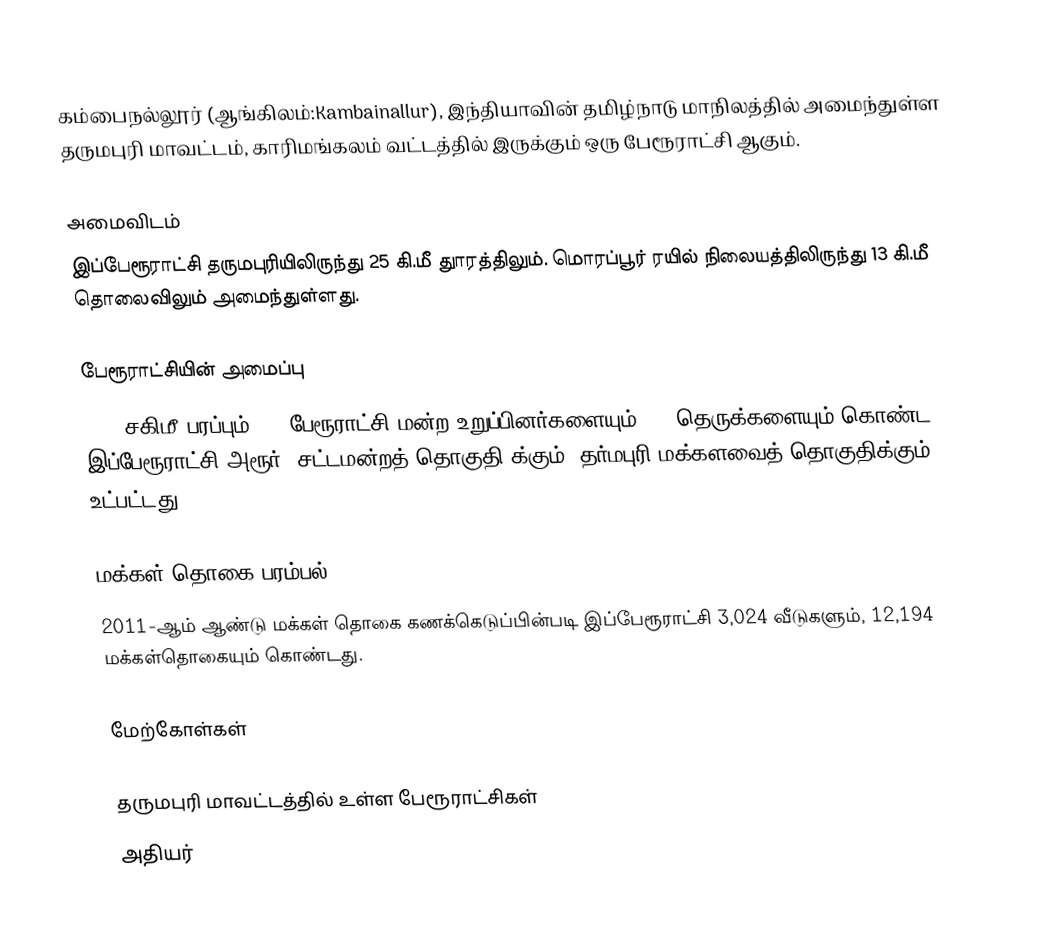
கம்பைநல்லூர் (ஆங்கிலம்:Kambainallur), இந்தியாவின் தமிழ்நாடு மாநிலத்தில் அமைந்துள்ள தருமபுரி மாவட்டம், காரிமங்கலம் வட்டத்தில் இருக்கும் ஒரு பேரூராட்சி ஆகும்.

அமைவிடம்
இப்பேரூராட்சி தருமபுரியிலிருந்து 25 கி.மீ துாரத்திலும். மொரப்பூர்  ரயில் நிலையத்திலிருந்து 13 கி.மீ தொலைவிலும் அமைந்துள்ளது.

பேரூராட்சியின் அமைப்பு
7.24  சகிமீ பரப்பும்,  15 பேரூராட்சி மன்ற  உறுப்பினர்களையும்,     31 தெருக்களையும்   கொண்ட இப்பேரூராட்சி  அரூர்   (சட்டமன்றத் தொகுதி)க்கும், தர்மபுரி மக்களவைத் தொகுதிக்கும் உட்பட்டது.

மக்கள் தொகை பரம்பல்
2011-ஆம் ஆண்டு மக்கள் தொகை கணக்கெடுப்பின்படி  இப்பேரூராட்சி 3,024   வீடுகளும், 12,194 மக்கள்தொகையும் கொண்டது.

மேற்கோள்கள்

தருமபுரி மாவட்டத்தில் உள்ள பேரூராட்சிகள்
அதியர்